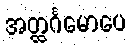
အတ္ထင်္ဂမောပေ